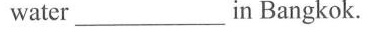
water___n Bangkok.